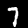
Digit: 7